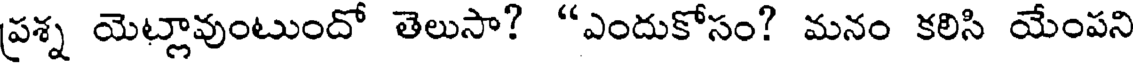
ప్రశ్న యెట్లావుంటుందో తెలుసా? "ఎందుకోసం? మనం కలిసి యేంపని